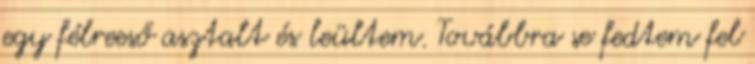
egy félreeső asztalt és leültem. Továbbra se fedtem fel